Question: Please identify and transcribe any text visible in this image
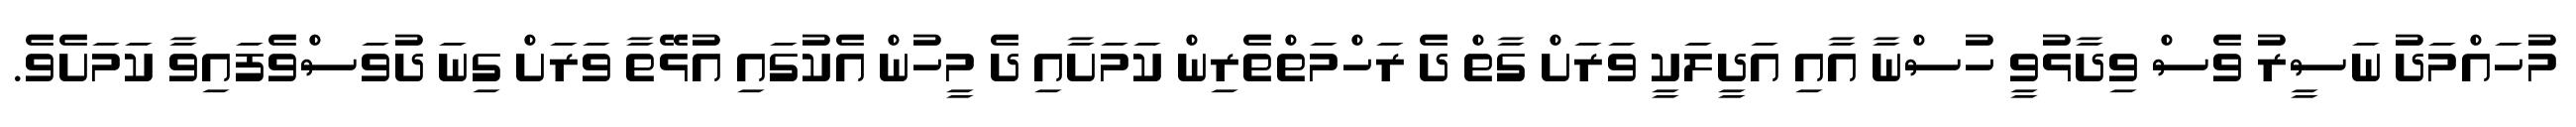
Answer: މުހައްމަދު ނަސީރު ވެސް ވިދާޅުވީ ހުސްނާ އާއި އަދީލަކީ ވަރަށް ގާތް ދެ ރަހްމަތްތެރިން ކަމަށާއި ދެ މީހުން އެކުގައި އުޅޭތާ ވަރަށް ގިނަ ދުވަސްވެފައިވާ ކަމަށެވެ.